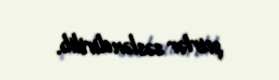
şeirlər səsləndirilib.